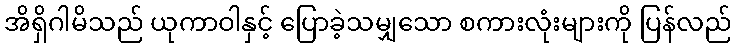
အိရှိဂါမိသည် ယုကာဝါနှင့် ပြောခဲ့သမျှသော စကားလုံးများကို ပြန်လည်